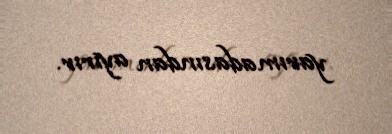
yarımadasından ayırır.